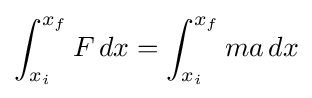
\int _{x_{i}}^{x_{f}}F\,dx=\int _{x_{i}}^{x_{f}}ma\,dx